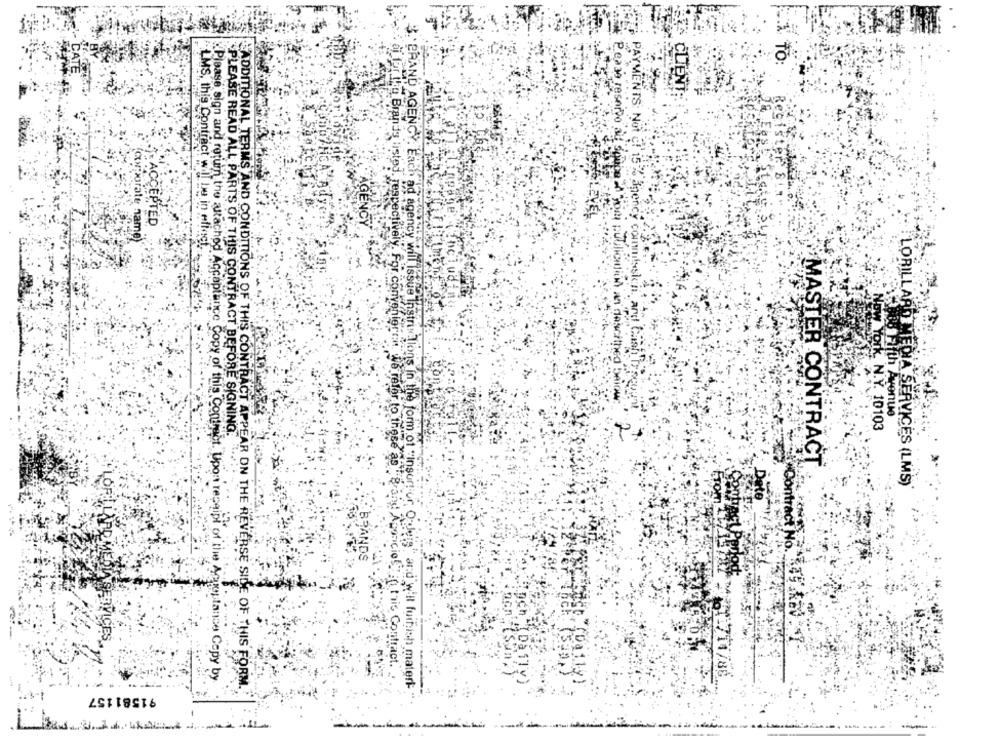
PTER
LMS, this Contract will be in effect ..
:38 Fifth Avenue
low York, N.Y. 10103
"PLEASE READ ALL PARTS OF THIS CONTRACT BEFORE SIGNING.
MASTER CONTRACT
LORILLARD MEDIA SERVICES (LMS)
From
BRANDS
al for the Brands listed, respectively. For conveniente. we refer to these as Brand Aconciof
ADDITIONAL TERMS AND CONDITIONS OF THIS CONTRACT APPEAR ON THE REVERSE SIDE OF.
Agonicio Tat this Contract.
1714/80
Please sign and return the attached Acceptance Copy of this Contract. Upon receipt of the Acceptance Capy by
91581157
*BRAND AGENCY. Each ad agency will Issue Instrin lions in the form of "insur! or, Orleie" ard w'Il furnish materi-
THIS FORM.